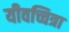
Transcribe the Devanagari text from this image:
यीवच्चित्रा